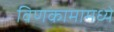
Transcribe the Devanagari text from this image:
विणकामामध्ये